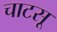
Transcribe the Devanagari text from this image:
चाटसू